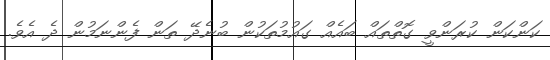
ކަންކަން ކުރަންވީ ގޮތްތައް ބައެއް ގައުމުތަކުން ބުނެދޭ ތަން ފެންނަމުން ދެ އެވެ.